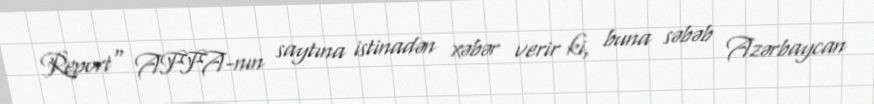
Report" AFFA-nın saytına istinadən xəbər verir ki, buna səbəb Azərbaycan